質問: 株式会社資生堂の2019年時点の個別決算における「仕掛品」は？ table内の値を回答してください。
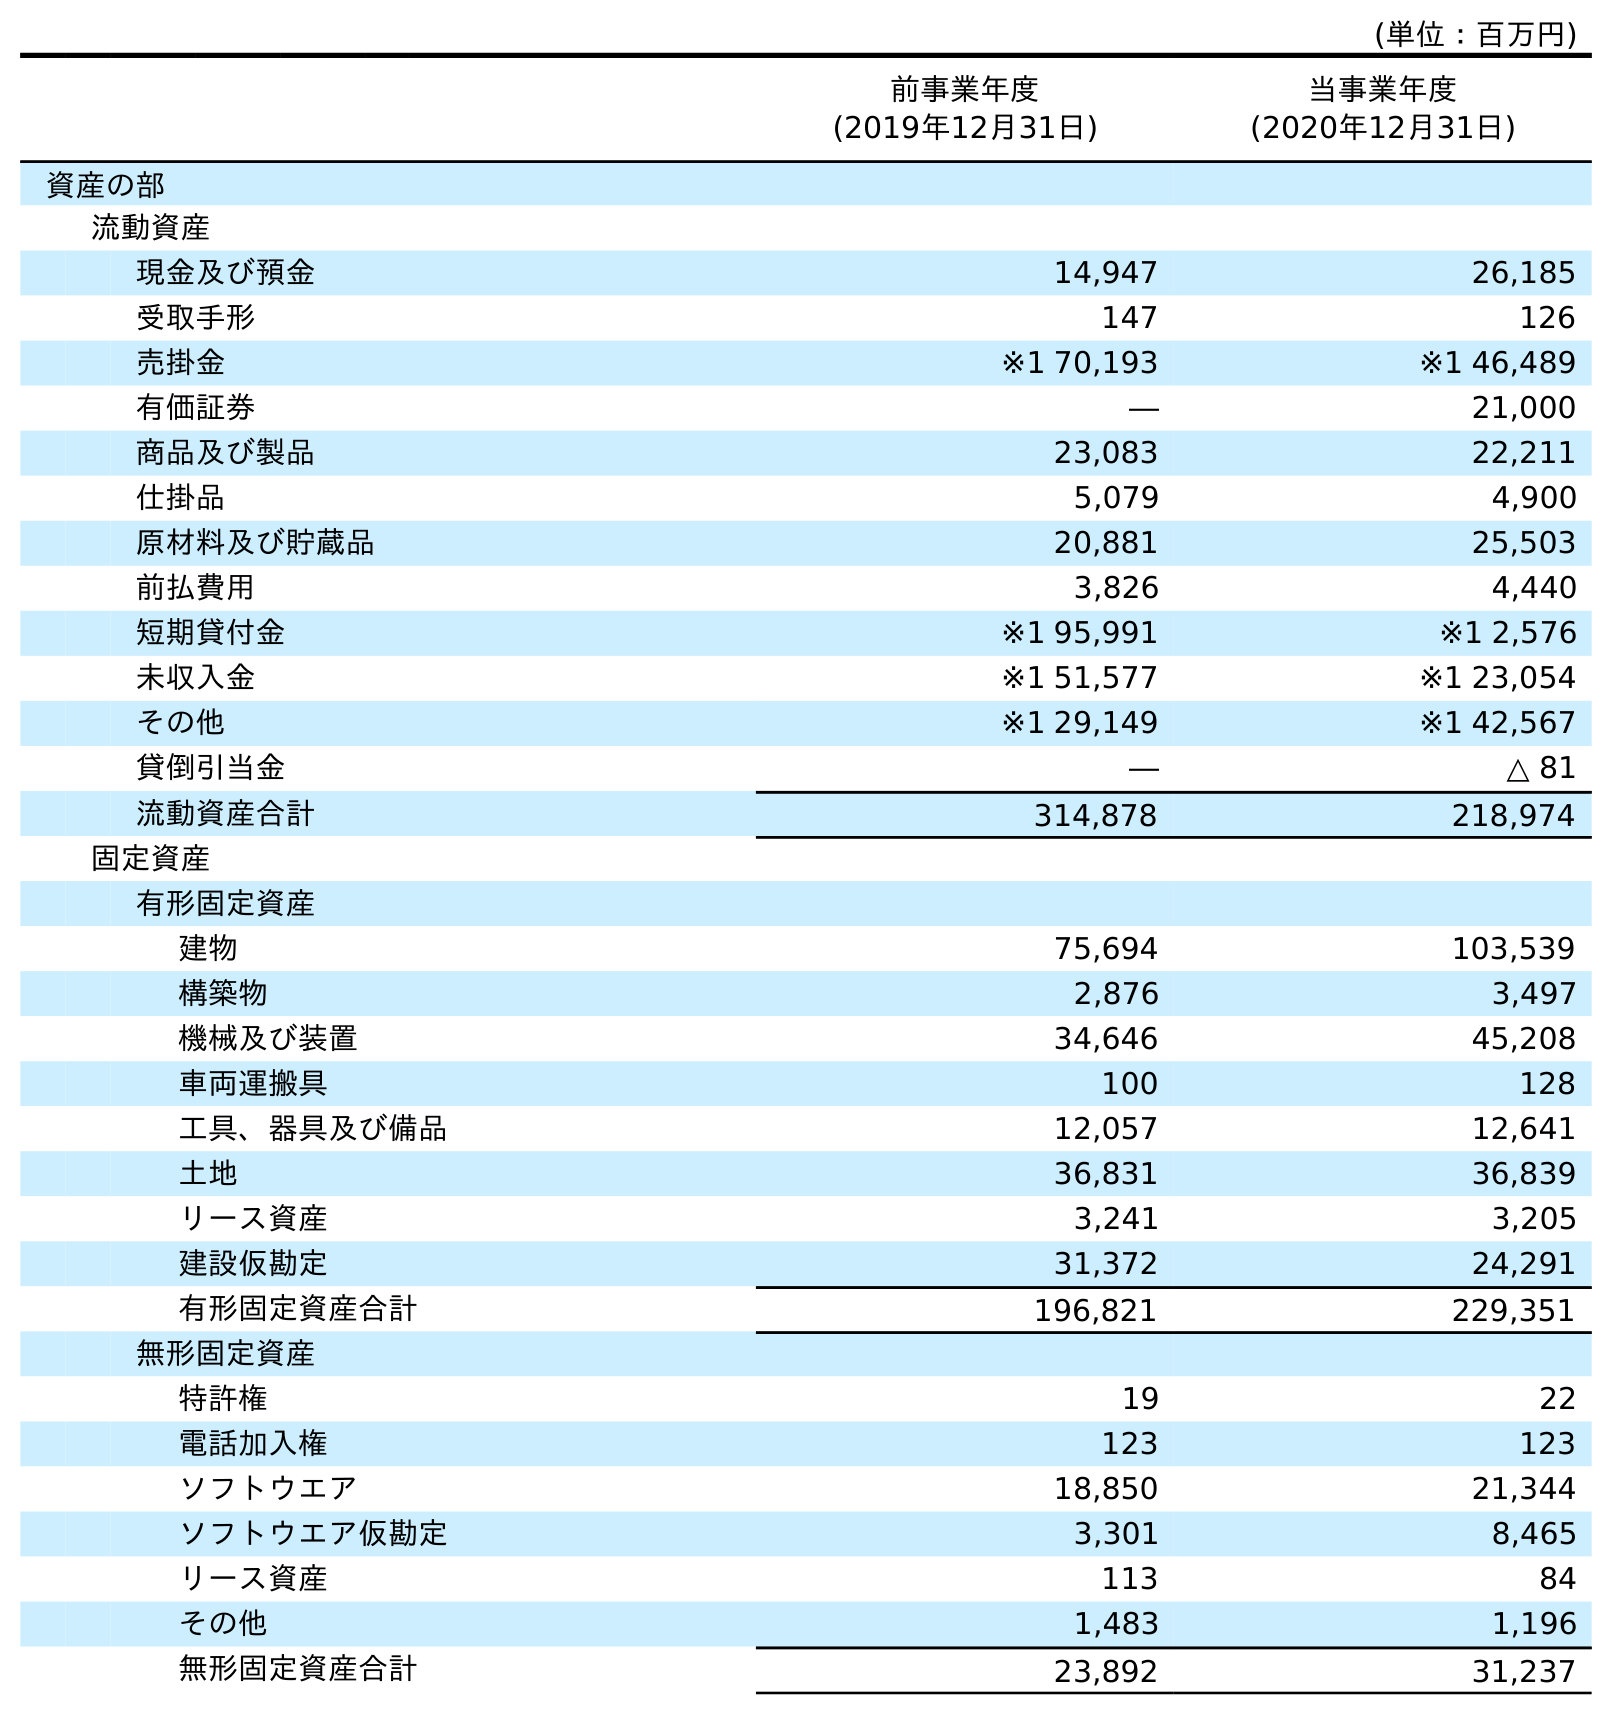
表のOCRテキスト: (単位：百万円) 前事業年度 (2019年12月31日) 当事業年度 (2020年12月31日) 資産の部 流動資産 現金及び預金 14,947 26,185 受取手形 147 126 売掛金 ※1 70,193 ※1 46,489 有価証券 ― 21,000 商品及び製品 23,083 22,211 仕掛品 5,079 4,900 原材料及び貯蔵品 20,881 25,503 前払費用 3,826 4,440 短期貸付金 ※1 95,991 ※1 2,576 未収入金 ※1 51,577 ※1 23,054 その他 ※1 29,149 ※1 42,567 貸倒引当金 ― △ 81 流動資産合計 314,878 218,974 固定資産 有形固定資産 建物 75,694 103,539 構築物 2,876 3,497 機械及び装置 34,646 45,208 車両運搬具 100 128 工具、器具及び備品 12,057 12,641 土地 36,831 36,839 リース資産 3,241 3,205 建設仮勘定 31,372 24,291 有形固定資産合計 196,821 229,351 無形固定資産 特許権 19 22 電話加入権 123 123 ソフトウエア 18,850 21,344 ソフトウエア仮勘定 3,301 8,465 リース資産 113 84 その他 1,483 1,196 無形固定資産合計 23,892 31,237
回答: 5,079